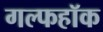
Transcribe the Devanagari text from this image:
गल्फहॉक